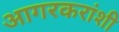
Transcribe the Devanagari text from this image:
आगरकरांशी